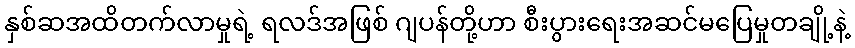
နှစ်ဆအထိတက်လာမှုရဲ့ ရလဒ်အဖြစ် ဂျပန်တို့ဟာ စီးပွားရေးအဆင်မပြေမှုတချို့နဲ့